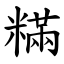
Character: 䊟